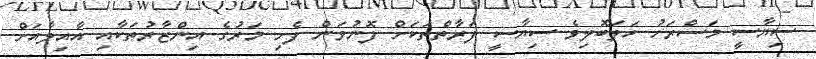
ސިޔާސީ މަސްރަހު ހަލަބޮލިވެ ސިޔާސީ ފަރާތްތަކަށް ފޮނުވަން ފެށި މަރުގެ އިންޒާރުތަކާއި އާއިލާއަށް